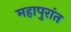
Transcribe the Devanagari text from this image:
महापुरांत